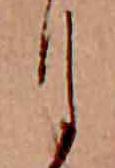
月